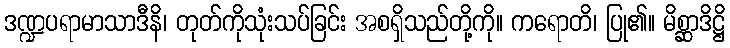
ဒဏ္ဍပရာမာသာဒီနိ၊ တုတ်ကိုသုံးသပ်ခြင်း အစရှိသည်တို့ကို။ ကရောတိ၊ ပြု၏။ မိစ္ဆာဒိဋ္ဌိ